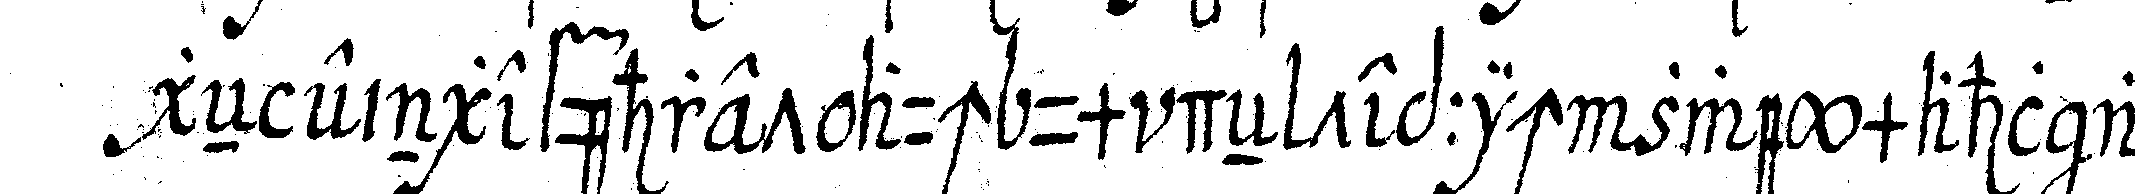
geN eingeführet auch um deN teppich zweymahl an